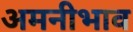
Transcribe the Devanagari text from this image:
अमनीभाव